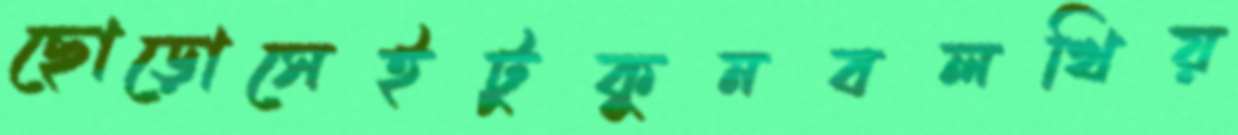
ছোড়োসেইটুকুনবলখিয়